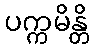
ပက္ကမိန္တိ